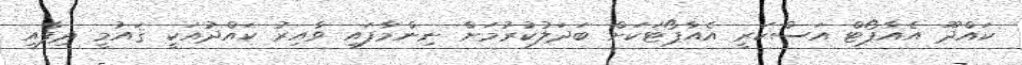
ކައްދޫ އެއާޕޯޓް އަސްކަރީ އެއާޕޯޓަަކަށް ބަދަލުކުރުމަށް ނިންމާފައި ވާއިރު ކައްދުއަކީ ޤައުމީ ދިފާއީ